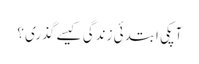
آپکی ابتدئی زندگی کیسے گذری ؟